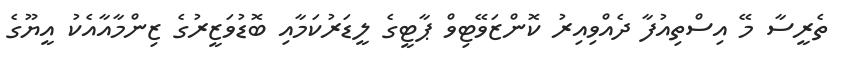
ތެރީސާ މޭ އިސްތިއުފާ ދެއްވިއިރު ކޮންޒަވޭޓިވް ޕާޓީގެ ލީޑަރުކަމާއި ބޮޑުވަޒީރުގެ ޒިންމާއާއެކު އީޔޫގެ